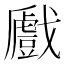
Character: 𢨛